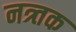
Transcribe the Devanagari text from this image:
नत्र्तक